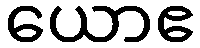
ယောဧ